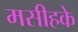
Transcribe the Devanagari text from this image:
मसीहके